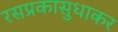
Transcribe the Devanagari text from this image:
रसप्रकासुधाकर